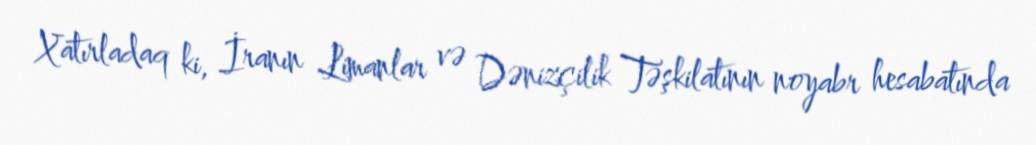
Xatırladaq ki, İranın Limanlar və Dənizçilik Təşkilatının noyabr hesabatında